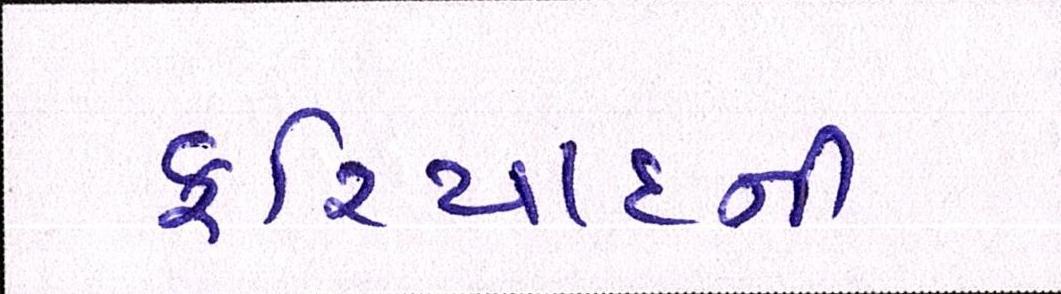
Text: ફરિયાદની